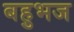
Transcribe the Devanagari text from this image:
बहुभज